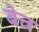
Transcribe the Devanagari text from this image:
बेत्त